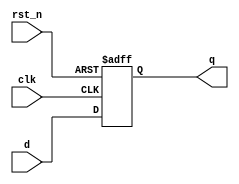
module synchronous_register (
    input wire clk,        // Clock input
    input wire rst_n,     // Active-low reset
    input wire [7:0] d,   // Data input
    output reg [7:0] q    // Data output
);

// Sequential logic using non-blocking assignments
always @(posedge clk or negedge rst_n) begin
    if (!rst_n) begin
        q <= 8'b0;        // Reset output to 0 on active-low reset
    end else begin
        q <= d;          // Capture input data on clock edge
    end
end

endmodule